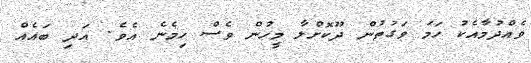
ވެއްދުމާއެކު ހަމަ ވަގުތުން ދޫކޮށްލާ މީހުން ވެސް ހިމެނެ އެވެ. އަދި ބައެއް